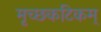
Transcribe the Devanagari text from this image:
मृच्छकटिकम्‌